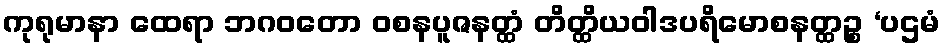
ကုရုမာနာ ထေရာ ဘဂဝတော ဝစနပူဇနတ္ထံ တိတ္ထိယဝါဒပရိမောစနတ္ထဉ္စ ‘ပဌမံ